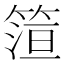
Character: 𬕠